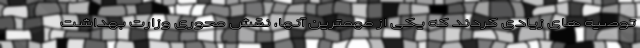
توصیه های زیادی کردند که یکی از مهمترین آنها، نقش محوری وزارت بهداشت